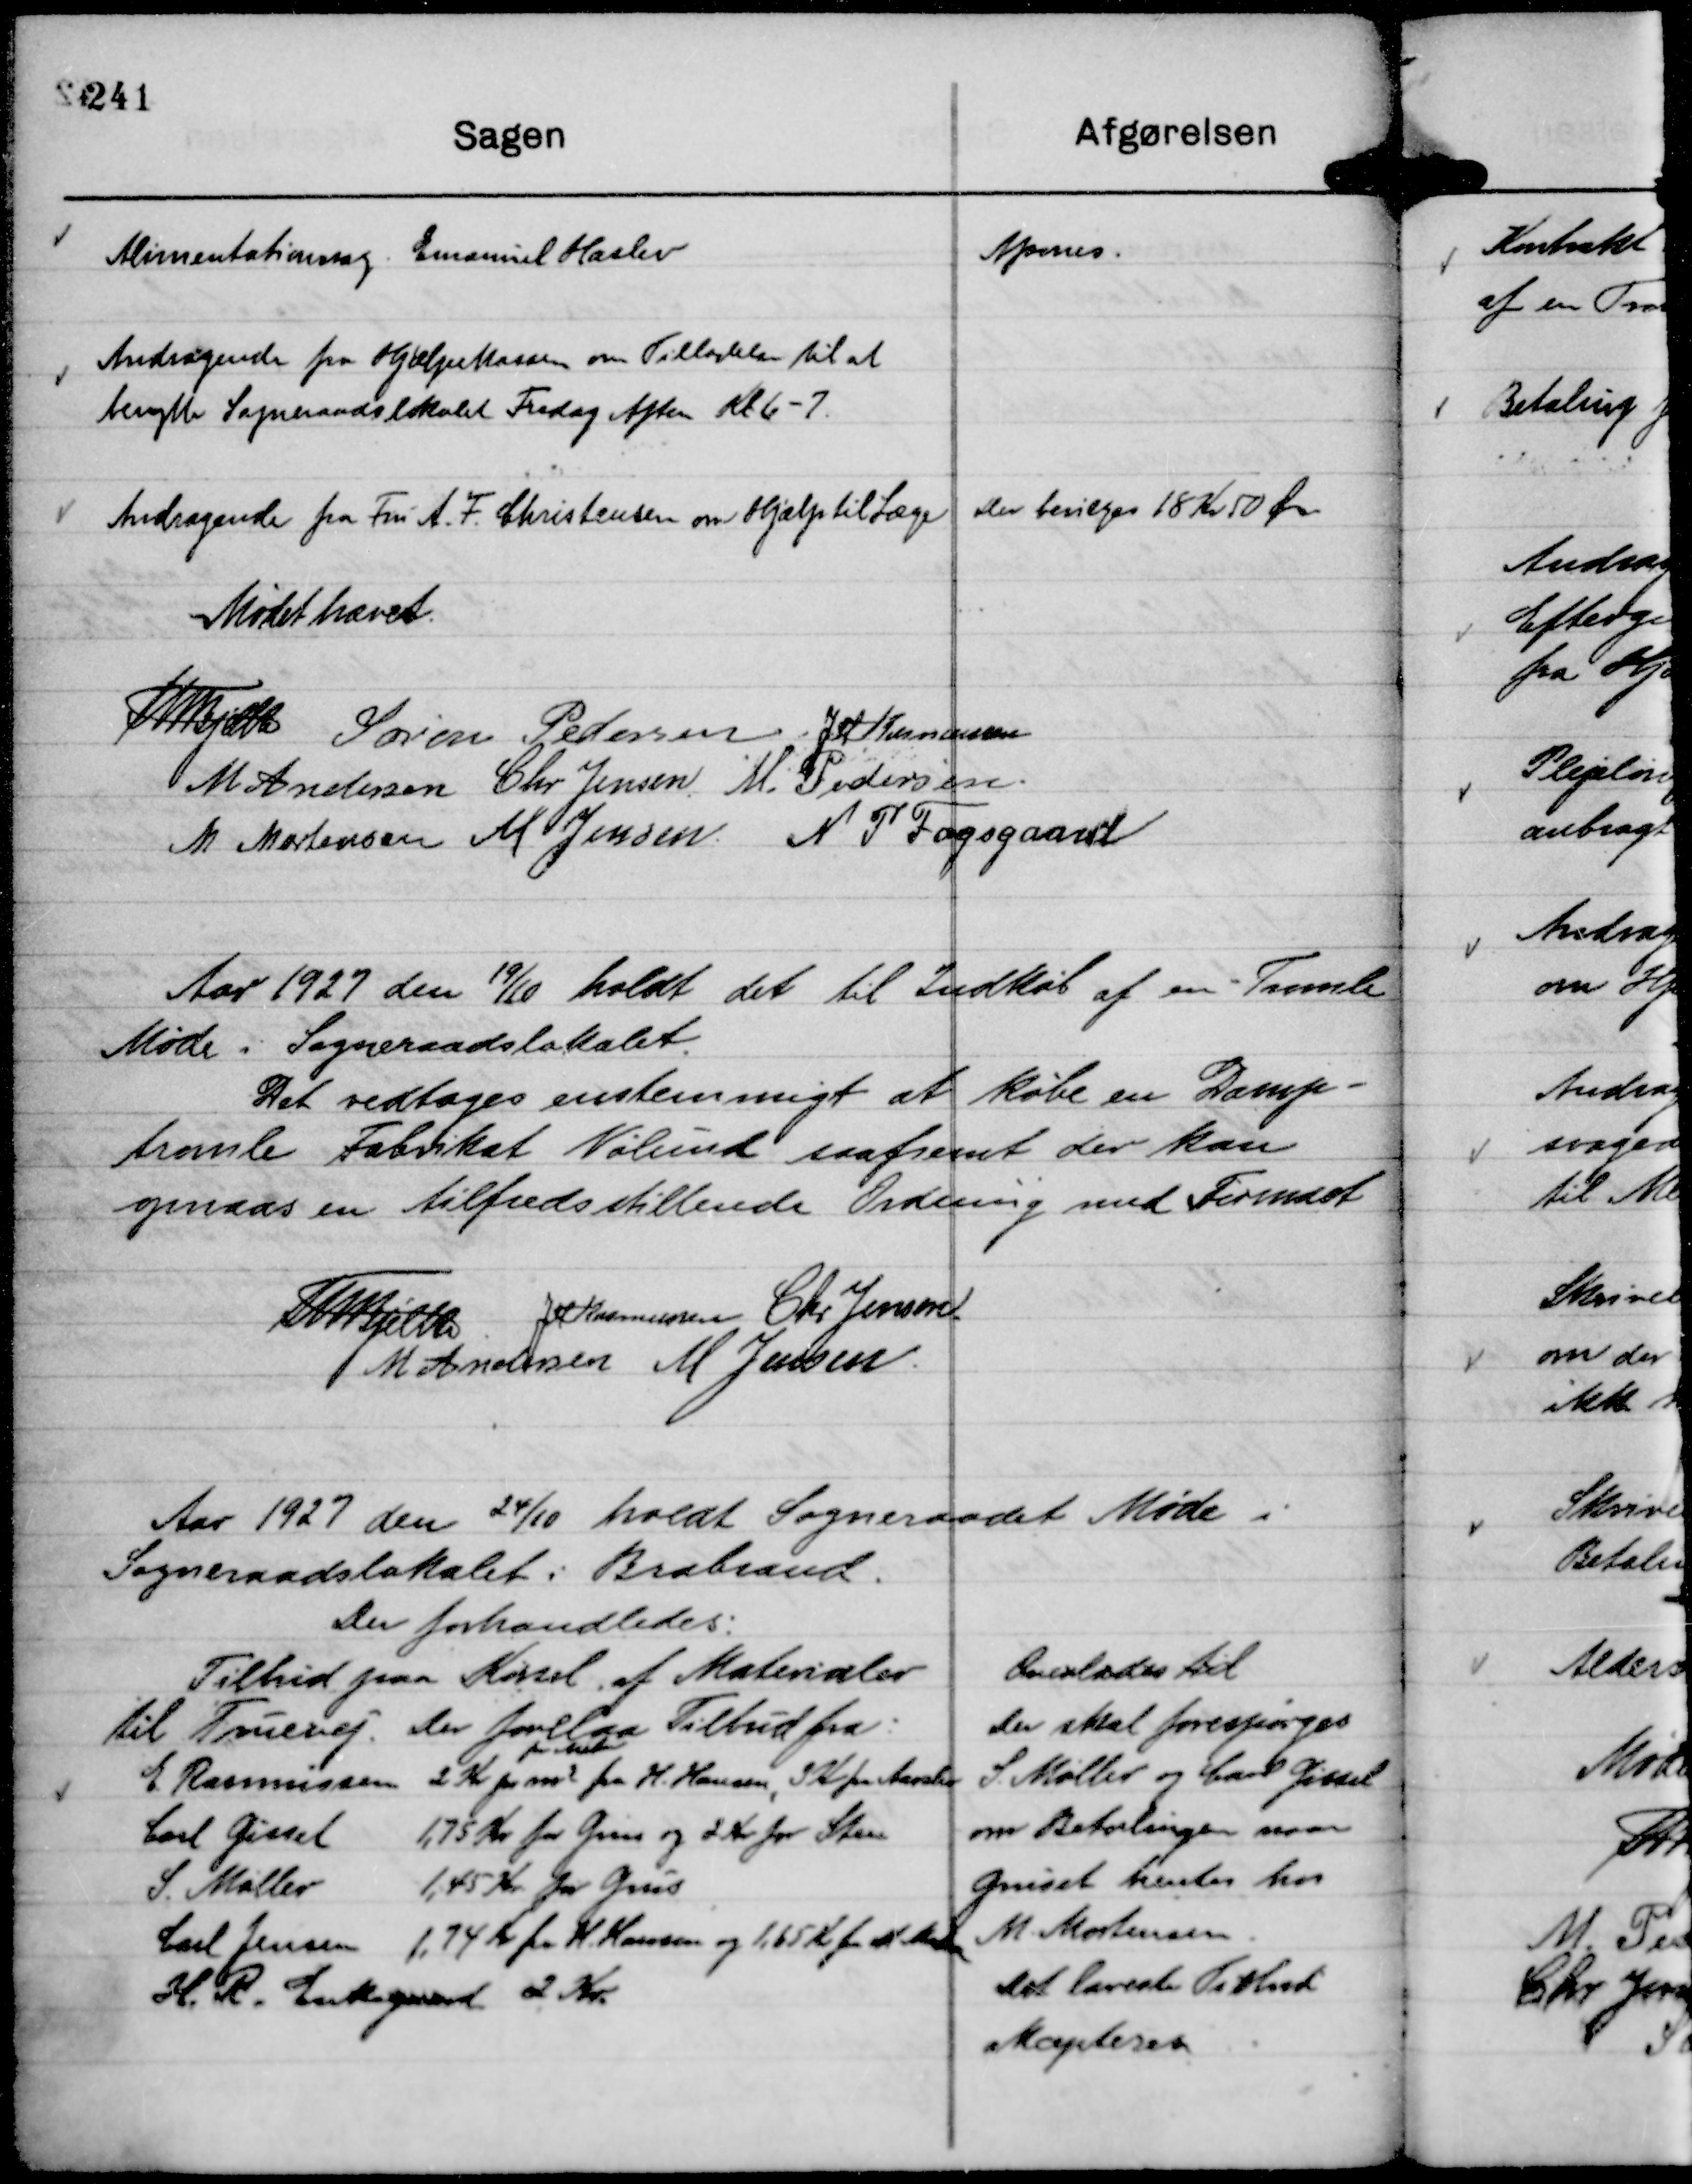
Transskription:
Alimentationssag. Emanuel Haslev

Afsones.

Andragende fra Hjælpekassen om Tilladelse til at
benytte Sogneraadslokalet Fredag Aften Kl. 6-7.

Andragende fra Fru A. F. Christensen om Hjælp til Læge

Der bevilges 18 Kr 50 Øre

Mødet hævet.
Th Bjelke
Søren Pedersen
JM Rasmussen
M Andersen
Chr Jensen
M. Pedersen.
M Mortensen
M Jensen.
N P Fogsgaard

Aar 1927 den

19/10 holdt det til Indkøb af en Tromle
Møde i Sogneraadslokalet.

Det vedtages enstemmigt at købe en Damp-
tromle Fabrikat Vølund saafremt der kan
opnaas en tilfredsstillende Ordning med Firmaet

Th Bjelke
JM Rasmussen
Chr Jensen.
M Andersen
M Jensen.

Aar 1927 den 24/10 holdt Sogneraadet Møde i
Sogneraadslokalet i Brabrand.
Der forhandledes:

Tilbud paa Kørsel af Materialer
til Truevej. Der forelaa Tilbud fra:
E. Rasmussen 2 Kr pr m3
pr Meter
fra H. Hansen, 3 K fra Aarslev
Carl Gissel 1,75 Kr for Grus og 2 Kr for Sten
S. Møller 1,45 Kr for Grus
Carl Jensen 1,74 Kr  fra H. Hansen og 1,65 Kr fra M Madsen
H. R. Enkegaard 2 Kr.

Overlades til
Der skal forespørges
S. Møller og Carl Gissel
om Betalingen naar
Gruset hentes hos
M. Mortensen.
Det laveste Tilbud
akcepteres